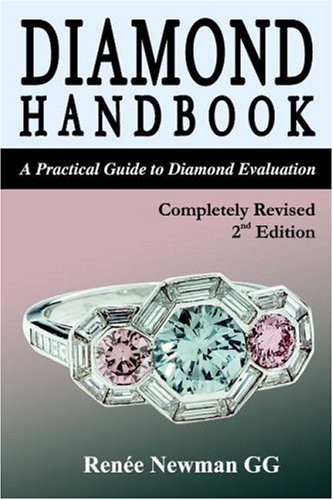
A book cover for Diamond Handbook: A Practical Guide to Diamond Evaluation (Newman Gem & Jewelry Series); Renee Newman; Crafts, Hobbies & Home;